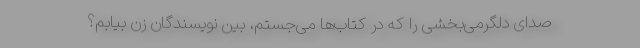
صدای دلگرمی‌بخشی را که در کتاب‌ها می‌جستم، بین نویسندگان زن بیابم؟